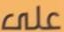
على